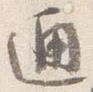
通